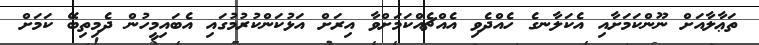
ތަޢާލާއަށް ނޫންކަމަށާއި އެކަލާނގެ ހެއްދެވި އެއްޗެއްކަމަށްވާ އިރަށް އަޅުކަންކުރުމުގައި އެބައިމީހުން ދެމިތިބޭ ކަމަށް